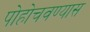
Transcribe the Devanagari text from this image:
पोहोचवण्यास